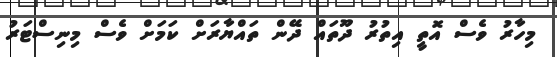
މިހާރު ވެސް އޮތީ އިތުރު ދޫތައް ދޭން ތައްޔާރަށް ކަމަށް ވެސް މިނިސްޓަރު